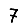
Digit: 7